Annual report on the working of the mental hospitals in the Madras Presidency - 1912-1932
Year: 1912
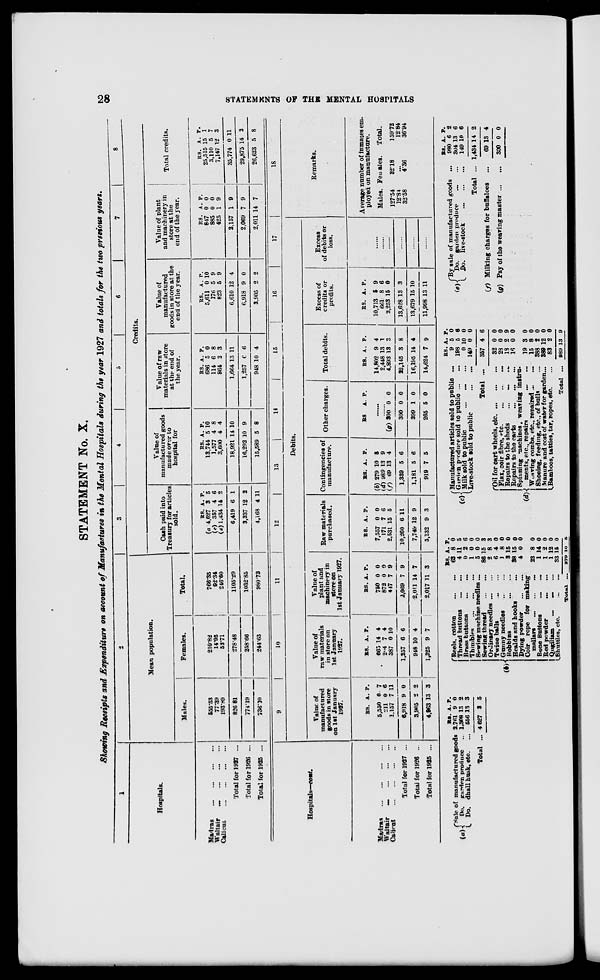
28
STATEMENTS OF THE MENTAL HOSPITALS
STATEMENT No. X.
Showing Receipts and Expenditure on account of Manufactures in the Mental Hospitals during the year 1927 and totals for the two previous years.
1
Hospitals.
Madras
...
...
...
...
Waltair
...
...
...
...
Calicut
...
...
...
...
Total for 1927 ...
Total for 1926 ...
Total for 1925 ...
2
Mean population.
Males.
555.53
77.39
193.89
826.81
774.19
736.10
Females.
210.82
14.95
52.71
278.48
258.66
244.63
Total.
766.35
92.34
246.60
1105.29
1032.85
980.73
3
4
5
6
7
8
Credits.
Cash paid into
Treasury for articles
sold.
RS.
(a) 4,627
(c) 357
(e) 1,434
6,419
3,337
4,168
A.
3
4
14
6
12
4
P.
5
6
2
1
2
11
Value of
manufactured goods
made over to
hospital for
RS.
13,744
1,577
3,600
18,921
16,292
15,589
A.
5
4
4
14
10
5
P.
10
8
4
10
9
8
Value of raw
materials in store
at the end of
the year.
RS.
686
114
864
1,664
1,257
948
A.
5
6
2
13
6
10
P.
0
8
3
11
6
4
Value of
manufactured
goods in store at the
end of the year.
RS.
5,611
176
823
6,610
6,918
3,905
A.
0
5
5
12
9
2
P.
10
9
9
4
0
2
Value of plant
and machinery in
store at the
end of the year.
RS.
847
885
425
2,157
2,069
2,011
A.
0
0
1
1
7
14
P.
0
0
9
9
9
7
Total credits.
RS.
25,515
3,110
7,147
35,774
29,875
26,623
A.
15
5
12
0
14
5
P.
1
7
3
11
2
8
Hospitals—cont.
Madras
...
...
...
...
Waltair ... ... ... ...
Calicut ... ... ... ...
Total for 1927 ...
Total for 1926 ...
Total for 1925 ...
9
10
11
12
13
14
15
16
17
Debits.
Value of
manufactured
goods in store
on 1st January
1927.
RS.
5,550
211
1,157
6,918
3,905
4,963
A.
0
0
7
9
2
13
P.
7
6
11
0
2
3
Value of
raw materials
in store on
1st January
1927.
RS.
665
204
387
1,257
948
1,325
A.
14
7
0
6
10
9
P.
4
4
10
6
4
7
Value of
plant and
machinery in
store on
1st January 1927.
RS.
750
872
447
2,069
2,011
2,017
A.
0
0
7
7
14
11
P.
0
0
9
9
7
3
Raw materials
purchased.
RS.
7,557
171
2,531
10,260
7,749
5,132
A.
0
7
15
6
12
9
P.
0
6
5
11
9
3
Contingencies of
manufacture.
RS.
(b) 279
(d) 989
(f) 69
1,339
1,181
919
A.
10
13
13
5
5
7
P.
5
9
4
6
6
5
Other charges.
RS.
A. P.
......
......
(g) 300
300
399
265
0
0
1
5
0
0
0
0
Total debits.
RS.
14,802
2,448
4,893
22,145
16,195
14,624
A.
9
13
13
3
14
7
P.
4
1
3
8
4
9
Excess of
credits or
profits.
RS.
10,713
661
2,253
13,628
13,679
11,998
A.
5
8
15
13
15
13
P.
9
6
0
3
10
11
Excess
of debits or
loss.
......
......
......
......
......
......
18
Remarks.
Average number of inmates em-
ployed on manufacture.
Males.
127.54
12.84
32.58
Females.
32.18
...
4.36
Total.
159.72
12.84
36.94
(a)
Sale of manufactured goods
Do. garden produce ...
Do. dhall husk, etc. ...
Total ...
RS.
2,761
1,308
556
4,627
A.
9
13
13
3
P.
0
2
3
5
(b)
Reels, cotton
... ...
Thread buttons
... ...
Brass buttons
... ...
Thimbles
...
...
...
Sewing machine needless ...
Sewing thread
...
...
Ordinary needles ...
...
Twine balls
...
...
Gunny needles
... ...
Bobbins
...
...
Healds and hooks
...
Dying powder
...
...
Coir rope for makings
mallars
...
...
...
Bone Buttons
...
...
Red powder ... ...
...
Qugiliam
...
...
...
Shuttles, etc.
...
...
Total
...
RS.
62
4
0
1
5
86
2
6
1
3
38
4
23
1
1
1
33
279
A.
8
11
2
0
0
15
8
4
8
15
15
0
8
14
2
12
15
10
P.
0
5
6
0
0
3
3
0
0
0
0
0
0
0
0
0
0
5
(c)
Manufactured articles sold to public ...
Garden produce sold to public ... ...
Milk sold to public
...
...
...
Live-stock sold to public
...
...
Total ...
(d)
Oil for cart wheels, etc.
...
...
...
Flax, coir fibre, etc. ... ... ...
Repairs to the sheds
...
...
...
Repairs to the carts
...
...
...
Spinning machines, weaving instru-
ments, etc., repairs ... ...
Weaving combs, etc., repaired ... ...
Shoeing, feeding, etc., of bulls ...
Manure and cost of water for garden ...
Bamboos, tatties, tar, ropes, etc. ...
Total ...
RS.
9
198
0
149
357
32
28
18
16
19
15
388
389
83
989
A.
5
5
10
0
4
0
0
2
0
3
8
2
12
2
13
P.
0
6
0
0
6
0
0
9
0
0
0
0
0
0
9
(e)
By sale of manufactured goods ...
Do. garden produce
...
...
Do. live-stock
...
...
...
Total ...
(f)
(g)
Milking charges for buffaloes ...
Pay of the weaving master
...
...
RS.
980
304
149
1,434
69
300
A.
6
13
10
14
13
0
P.
2
6
6
2
4
0